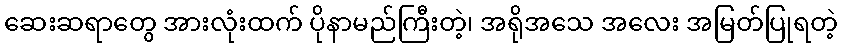
ဆေးဆရာတွေ အားလုံးထက် ပိုနာမည်ကြီးတဲ့၊ အရိုအသေ အလေး အမြတ်ပြုရတဲ့